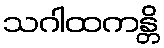
သဂါထကန္တိ